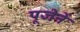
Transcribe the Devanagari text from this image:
पूजेनें